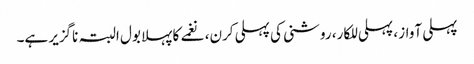
پہلی آواز ، پہلی للکار، روشنی کی پہلی کرن، نغمے کا پہلا بول البتہ ناگزیر ہے۔